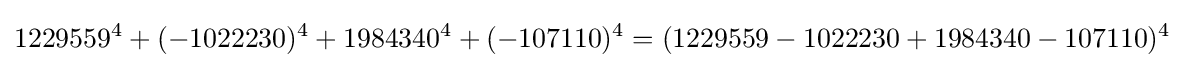
1229559^{4}+(-1022230)^{4}+1984340^{4}+(-107110)^{4}=(1229559-1022230+1984340-107110)^{4}